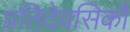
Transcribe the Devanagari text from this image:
प्रतिदेवसिकौ